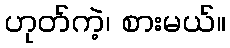
ဟုတ်ကဲ့၊ စားမယ်။